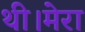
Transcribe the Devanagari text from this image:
थी।मेरा